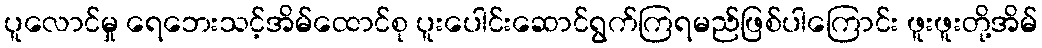
ပူလောင်မှု ရေဘေးသင့်အိမ်ထောင်စု ပူးပေါင်းဆောင်ရွက်ကြရမည်ဖြစ်ပါကြောင်း ဖူးဖူးတို့အိမ်